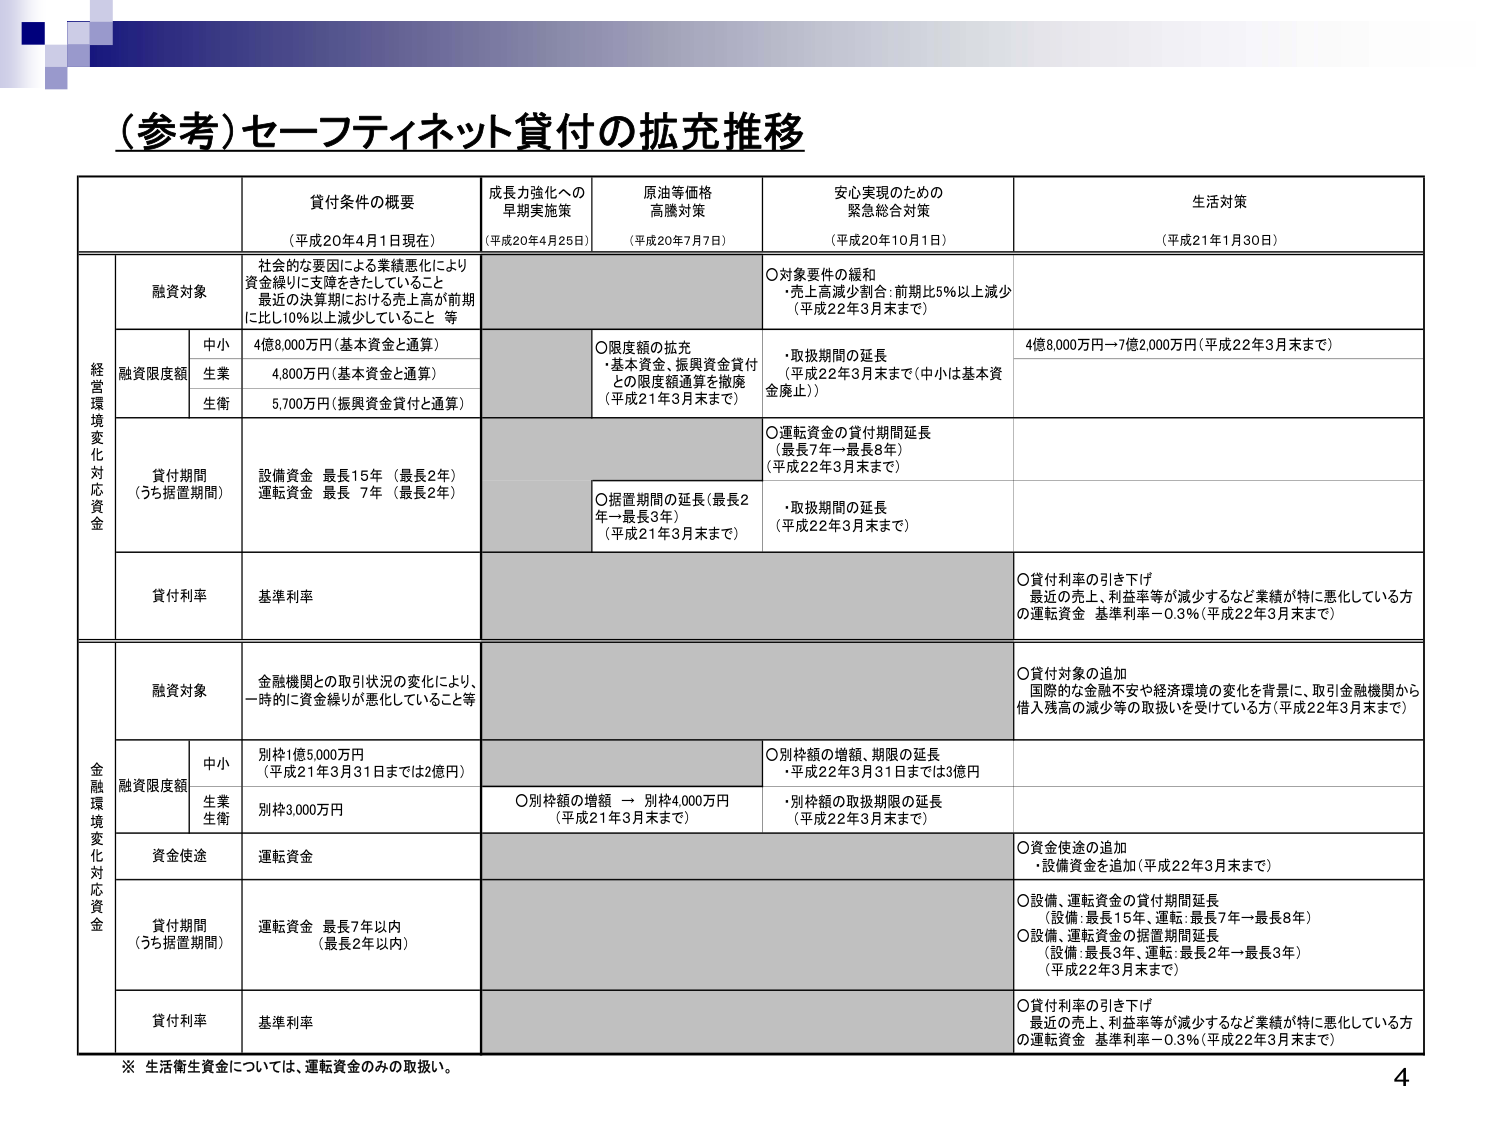
（参考）セーフティネット貸付の拡充推移

貸付条件の概要
（平成20年4月1日現在）

成長力強化への早期実施策
（平成20年4月25日）

原油等価格高騰対策
（平成20年7月7日）

安心実現のための緊急総合対策
（平成20年10月1日）

生活対策
（平成21年1月30日）

経営環境変化対応資金

融資対象
社会的な要因による業績悪化により資金繰りに支障をきたしていること
最近の決算期における売上高が前期に比し10％以上減少していること 等

融資限度額
中小：4億8,000万円（基本資金と通算）
生業：4,800万円（基本資金と通算）
生衛：5,700万円（振興資金貸付と通算）

貸付期間（うち据置期間）
設備資金 最長15年（最長2年）
運転資金 最長 7年（最長2年）

貸付利率
基準利率

○限度額の拡充
・基本資金、振興資金貸付との限度額通算を撤廃（平成21年3月末まで）

○据置期間の延長（最長2年→最長3年）（平成21年3月末まで）

○対象要件の緩和
・売上高減少割合：前期比5％以上減少（平成22年3月末まで）

・取扱期間の延長（平成22年3月末まで（中小は基本資金廃止））

○運転資金の貸付期間延長（最長7年→最長8年）（平成22年3月末まで）

・取扱期間の延長（平成22年3月末まで）

○貸付利率の引き下げ
最近の売上、利益率等が減少するなど業績が特に悪化している方の運転資金 基準利率－0.3％（平成22年3月末まで）

4億8,000万円→7億2,000万円（平成22年3月末まで）

金融環境変化対応資金

融資対象
金融機関との取引状況の変化により、一時的に資金繰りが悪化していること等

融資限度額
中小：別枠1億5,000万円（平成21年3月31日までは2億円）
生業・生衛：別枠3,000万円

資金使途
運転資金

貸付期間（うち据置期間）
運転資金 最長7年以内（最長2年以内）

貸付利率
基準利率

○別枠額の増額、期限の延長
・平成22年3月31日までは3億円

○別枠額の増額 → 別枠4,000万円（平成21年3月末まで）

・別枠額の取扱期限の延長（平成22年3月末まで）

○貸付対象の追加
国際的な金融不安や経済環境の変化を背景に、取引金融機関から借入残高の減少等の取扱いを受けている方（平成22年3月末まで）

○資金使途の追加
・設備資金を追加（平成22年3月末まで）

○設備、運転資金の貸付期間延長（設備：最長15年、運転：最長7年→最長8年）
○設備、運転資金の据置期間延長（設備：最長3年、運転：最長2年→最長3年）（平成22年3月末まで）

○貸付利率の引き下げ
最近の売上、利益率等が減少するなど業績が特に悪化している方の運転資金 基準利率－0.3％（平成22年3月末まで）

※ 生活衛生資金については、運転資金のみの取扱い。

4